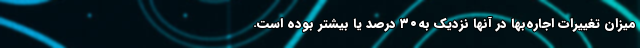
میزان تغییرات اجاره‌بها در آنها نزدیک به۳۰ درصد یا بیشتر بوده است.